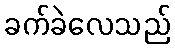
ခက်ခဲလေသည်